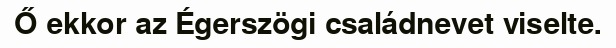
Ő ekkor az Égerszögi családnevet viselte.